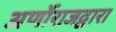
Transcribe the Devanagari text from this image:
अर्णोराजद्वारा